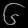
Digit: ၆